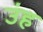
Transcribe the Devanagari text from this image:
उंह